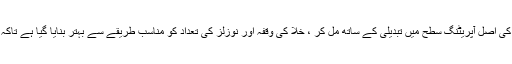
nozzles کے لئے ڈیزائن کیا. مختلف نوزلز کی ہائیڈرولک خصوصیات کے مطابق ، بیسن کی اصل آپریٹنگ سطح میں تبدیلی کے ساتھ مل کر ، خلا کی وقفہ اور نوزلز کی تعداد کو مناسب طریقے سے بہتر بنایا گیا ہے تاکہ پانی کی یکساں تقسیم اور فلرز کی گرمی کا تبادلہ یقینی بنایا جاسکے۔